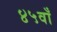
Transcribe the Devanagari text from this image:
४५वाँ